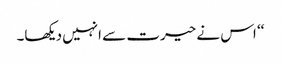
‘‘ اس نے حیرت سے انہیں دیکھا۔